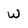
Character: w